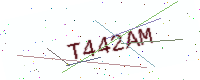
Text: T442AM